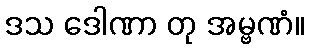
ဒသ ဒေါဏာ တု အမ္ဗဏံ။